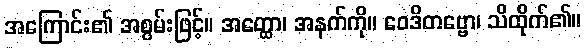
အကြောင်း၏ အစွမ်းဖြင့်။ အတ္ထော၊ အနက်ကို။ ဝေဒိတဗ္ဗော၊ သိထိုက်၏။